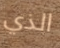
الذي